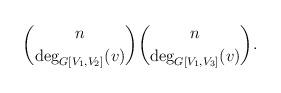
LaTeX: \begin{align*}\binom{n}{\deg_{G[V_1,V_2]}(v)}\binom{n}{\deg_{G[V_1,V_3]}(v)}.\end{align*}